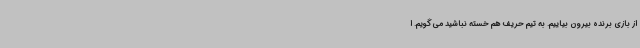
از بازی برنده بیرون بیاییم. به تیم حریف هم خسته نباشید می‌گویم. ا